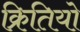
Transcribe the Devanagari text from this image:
क्रितियो